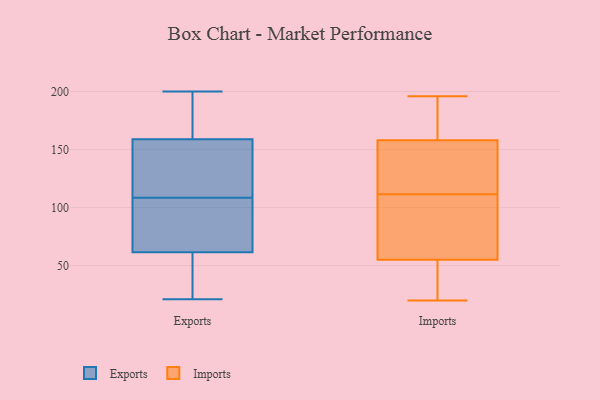
{"axis": {"x": "Conversion Rate (%)", "y": "Value"}, "legend": ["Exports", "Imports"], "data": [{"x": "", "y": 126, "type": "Exports"}, {"x": "", "y": 63, "type": "Exports"}, {"x": "", "y": 145, "type": "Exports"}, {"x": "", "y": 80, "type": "Exports"}, {"x": "", "y": 125, "type": "Exports"}, {"x": "", "y": 200, "type": "Exports"}, {"x": "", "y": 21, "type": "Exports"}, {"x": "", "y": 55, "type": "Exports"}, {"x": "", "y": 29, "type": "Exports"}, {"x": "", "y": 200, "type": "Exports"}, {"x": "", "y": 106, "type": "Exports"}, {"x": "", "y": 183, "type": "Exports"}, {"x": "", "y": 111, "type": "Exports"}, {"x": "", "y": 60, "type": "Exports"}, {"x": "", "y": 75, "type": "Exports"}, {"x": "", "y": 173, "type": "Exports"}, {"x": "", "y": 62, "type": "Imports"}, {"x": "", "y": 98, "type": "Imports"}, {"x": "", "y": 196, "type": "Imports"}, {"x": "", "y": 189, "type": "Imports"}, {"x": "", "y": 149, "type": "Imports"}, {"x": "", "y": 55, "type": "Imports"}, {"x": "", "y": 132, "type": "Imports"}, {"x": "", "y": 120, "type": "Imports"}, {"x": "", "y": 103, "type": "Imports"}, {"x": "", "y": 95, "type": "Imports"}, {"x": "", "y": 155, "type": "Imports"}, {"x": "", "y": 38, "type": "Imports"}, {"x": "", "y": 33, "type": "Imports"}, {"x": "", "y": 158, "type": "Imports"}, {"x": "", "y": 41, "type": "Imports"}, {"x": "", "y": 20, "type": "Imports"}, {"x": "", "y": 159, "type": "Imports"}, {"x": "", "y": 181, "type": "Imports"}]}